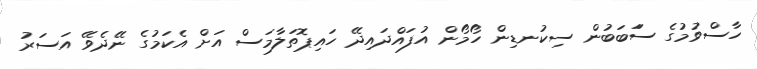
ހާސްވުމުގެ ސަަބަބުން ސިކުނޑިން ހޯމޯން އުފައްދައިދޭ ހައިޕޮތަލާމަސް އަށް އެކަމުގެ ނޭދެވޭ އަސަރު